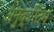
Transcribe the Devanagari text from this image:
अनुक्रितम